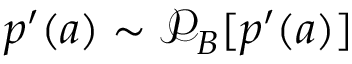
p ^ { \prime } ( a ) \sim \mathcal { P } _ { B } [ p ^ { \prime } ( a ) ]